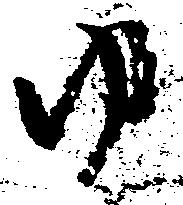
ゆ